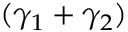
( \gamma _ { 1 } + \gamma _ { 2 } )